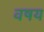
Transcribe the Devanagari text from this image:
वषय